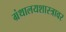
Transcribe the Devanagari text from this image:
ग्रंथालयशास्त्रावर